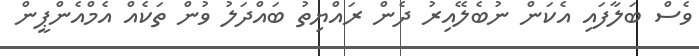
ވެސް ބަލާފައި އެކަން ނުބެލޭއިރު ދެން ރައްޔިތު ބައްދަލު ވުން ތަކެއް އެމްއެންޕީން